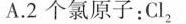
A.2个氯原子：Cl_{2}